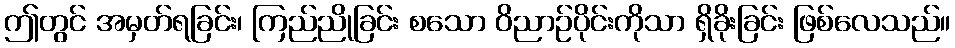
ဤတွင် အမှတ်ရခြင်း၊ ကြည်ညိုခြင်း စသော ဝိညာဉ်ပိုင်းကိုသာ ရှိခိုးခြင်း ဖြစ်လေသည်။